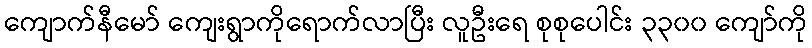
ကျောက်နီမော် ကျေးရွာကိုရောက်လာပြီး လူဦးရေ စုစုပေါင်း ၃၃၀၀ ကျော်ကို